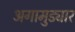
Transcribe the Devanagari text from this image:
अगामुड्यार